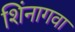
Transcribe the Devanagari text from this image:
शिंनागवा